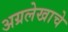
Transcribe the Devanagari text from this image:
अग्रलेखाचे